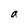
Character: a